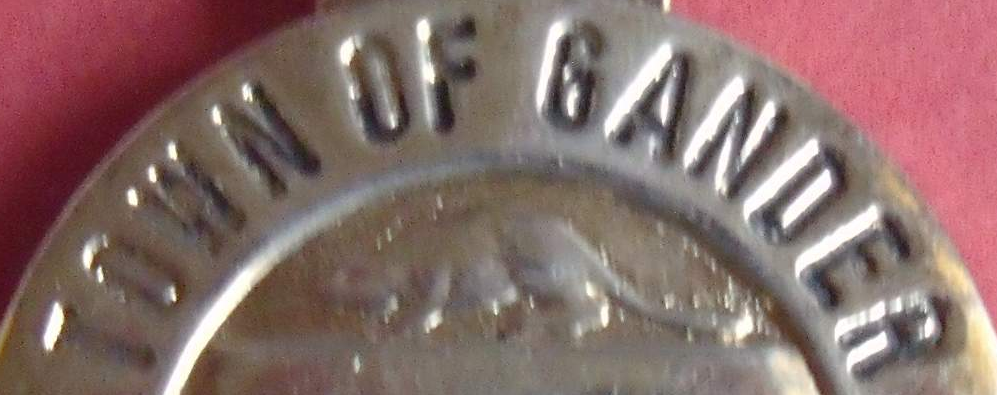
TOWN OF GANDER